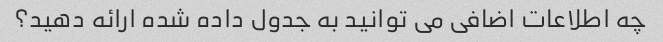
چه اطلاعات اضافی می توانید به جدول داده شده ارائه دهید؟